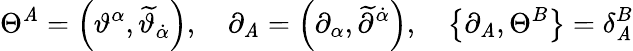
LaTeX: \Theta^{\mathit{A}}=\left(\vartheta^{\alpha},\widetilde{{\vartheta}}_{\dot{{\alpha}}}\right),\quad\partial_{\mathit{A}}=\left(\partial_{\alpha},\widetilde{{\partial}}^{\dot{{\alpha}}}\right),\quad\left\{ \partial_{\mathit{A}},\Theta^{B}\right\} =\delta_{\mathit{A}}^{B}